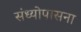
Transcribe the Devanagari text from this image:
संध्योपासना